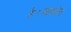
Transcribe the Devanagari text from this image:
है।माइग्रेन